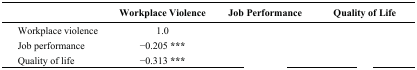
<table><thead><tr><td>[EMPTY_CELL]</td><td><b>Workplace Violence</b></td><td><b>Job Performance</b></td><td><b>Quality of Life</b></td></tr></thead><tbody><tr><td> Workplace violence</td><td>1.0</td><td>[EMPTY_CELL]</td><td>[EMPTY_CELL]</td></tr><tr><td> Job performance</td><td>−0.205 <b>***</b></td><td>[EMPTY_CELL]</td><td>[EMPTY_CELL]</td></tr><tr><td> Quality of life</td><td>−0.313 <b>***</b></td><td>[EMPTY_CELL]</td><td>[EMPTY_CELL]</td></tr></tbody></table>